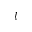
l